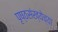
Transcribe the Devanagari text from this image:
पृष्ठसंख्येच्या